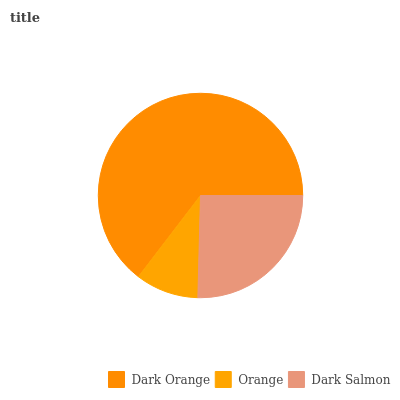
| Dark Orange | Orange | Dark Salmon |
 | --- | --- | --- |
 | 64.6% | 9.97% | 25.4% |